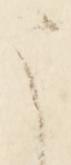
う